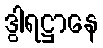
ဒွါရဋ္ဌာနေ